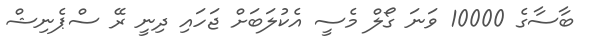
ބާސާގެ 10000 ވަނަ ގޯލް މެސީ އެކުލަބަށް ޖަހައި ދިނީ ރޭ ސްޕެނިޝް